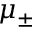
\mu _ { \pm }